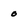
Character: o